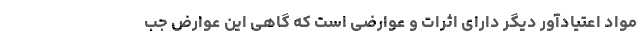
مواد اعتیادآور دیگر دارای اثرات و عوارضی است که گاهی این عوارض جب